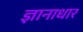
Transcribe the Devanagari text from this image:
ज्ञानाधार